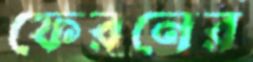
ফেরনের